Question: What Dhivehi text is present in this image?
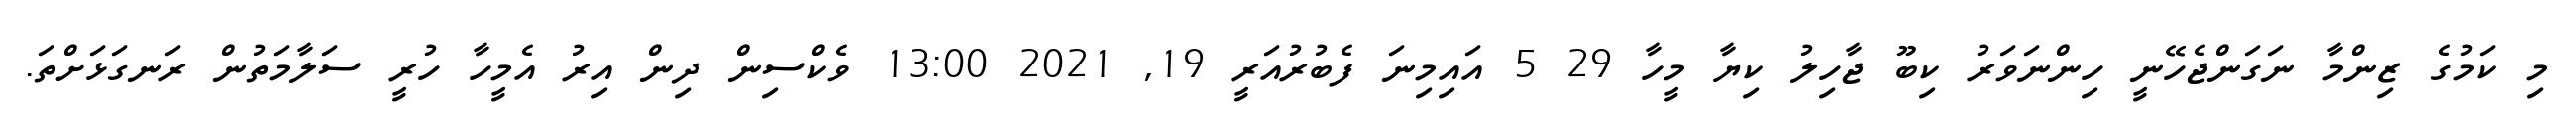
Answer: މި ކަމުގެ ޒިންމާ ނަގަންޖެހޭނީ ހިންނަވަރު ކިބޫ ޖާހިލު ކިޔާ މީހާ 29 5 އައިމިނަ ފެބުރުއަރީ 19, 2021 13:00 ވެކްސިން ދިން އިރު އެމީހާ ހުރީ ސަލާމަތުން ރަނގަޅަށްތަ.